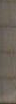
----